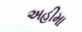
અહીમા